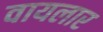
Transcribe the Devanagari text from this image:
वायलार